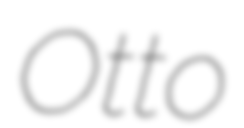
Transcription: Otto